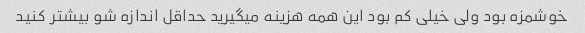
خوشمزه بود ولی خیلی کم بود این همه هزینه میگیرید حداقل اندازه شو بیشتر کنید